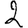
Digit: 2